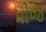
પીજ